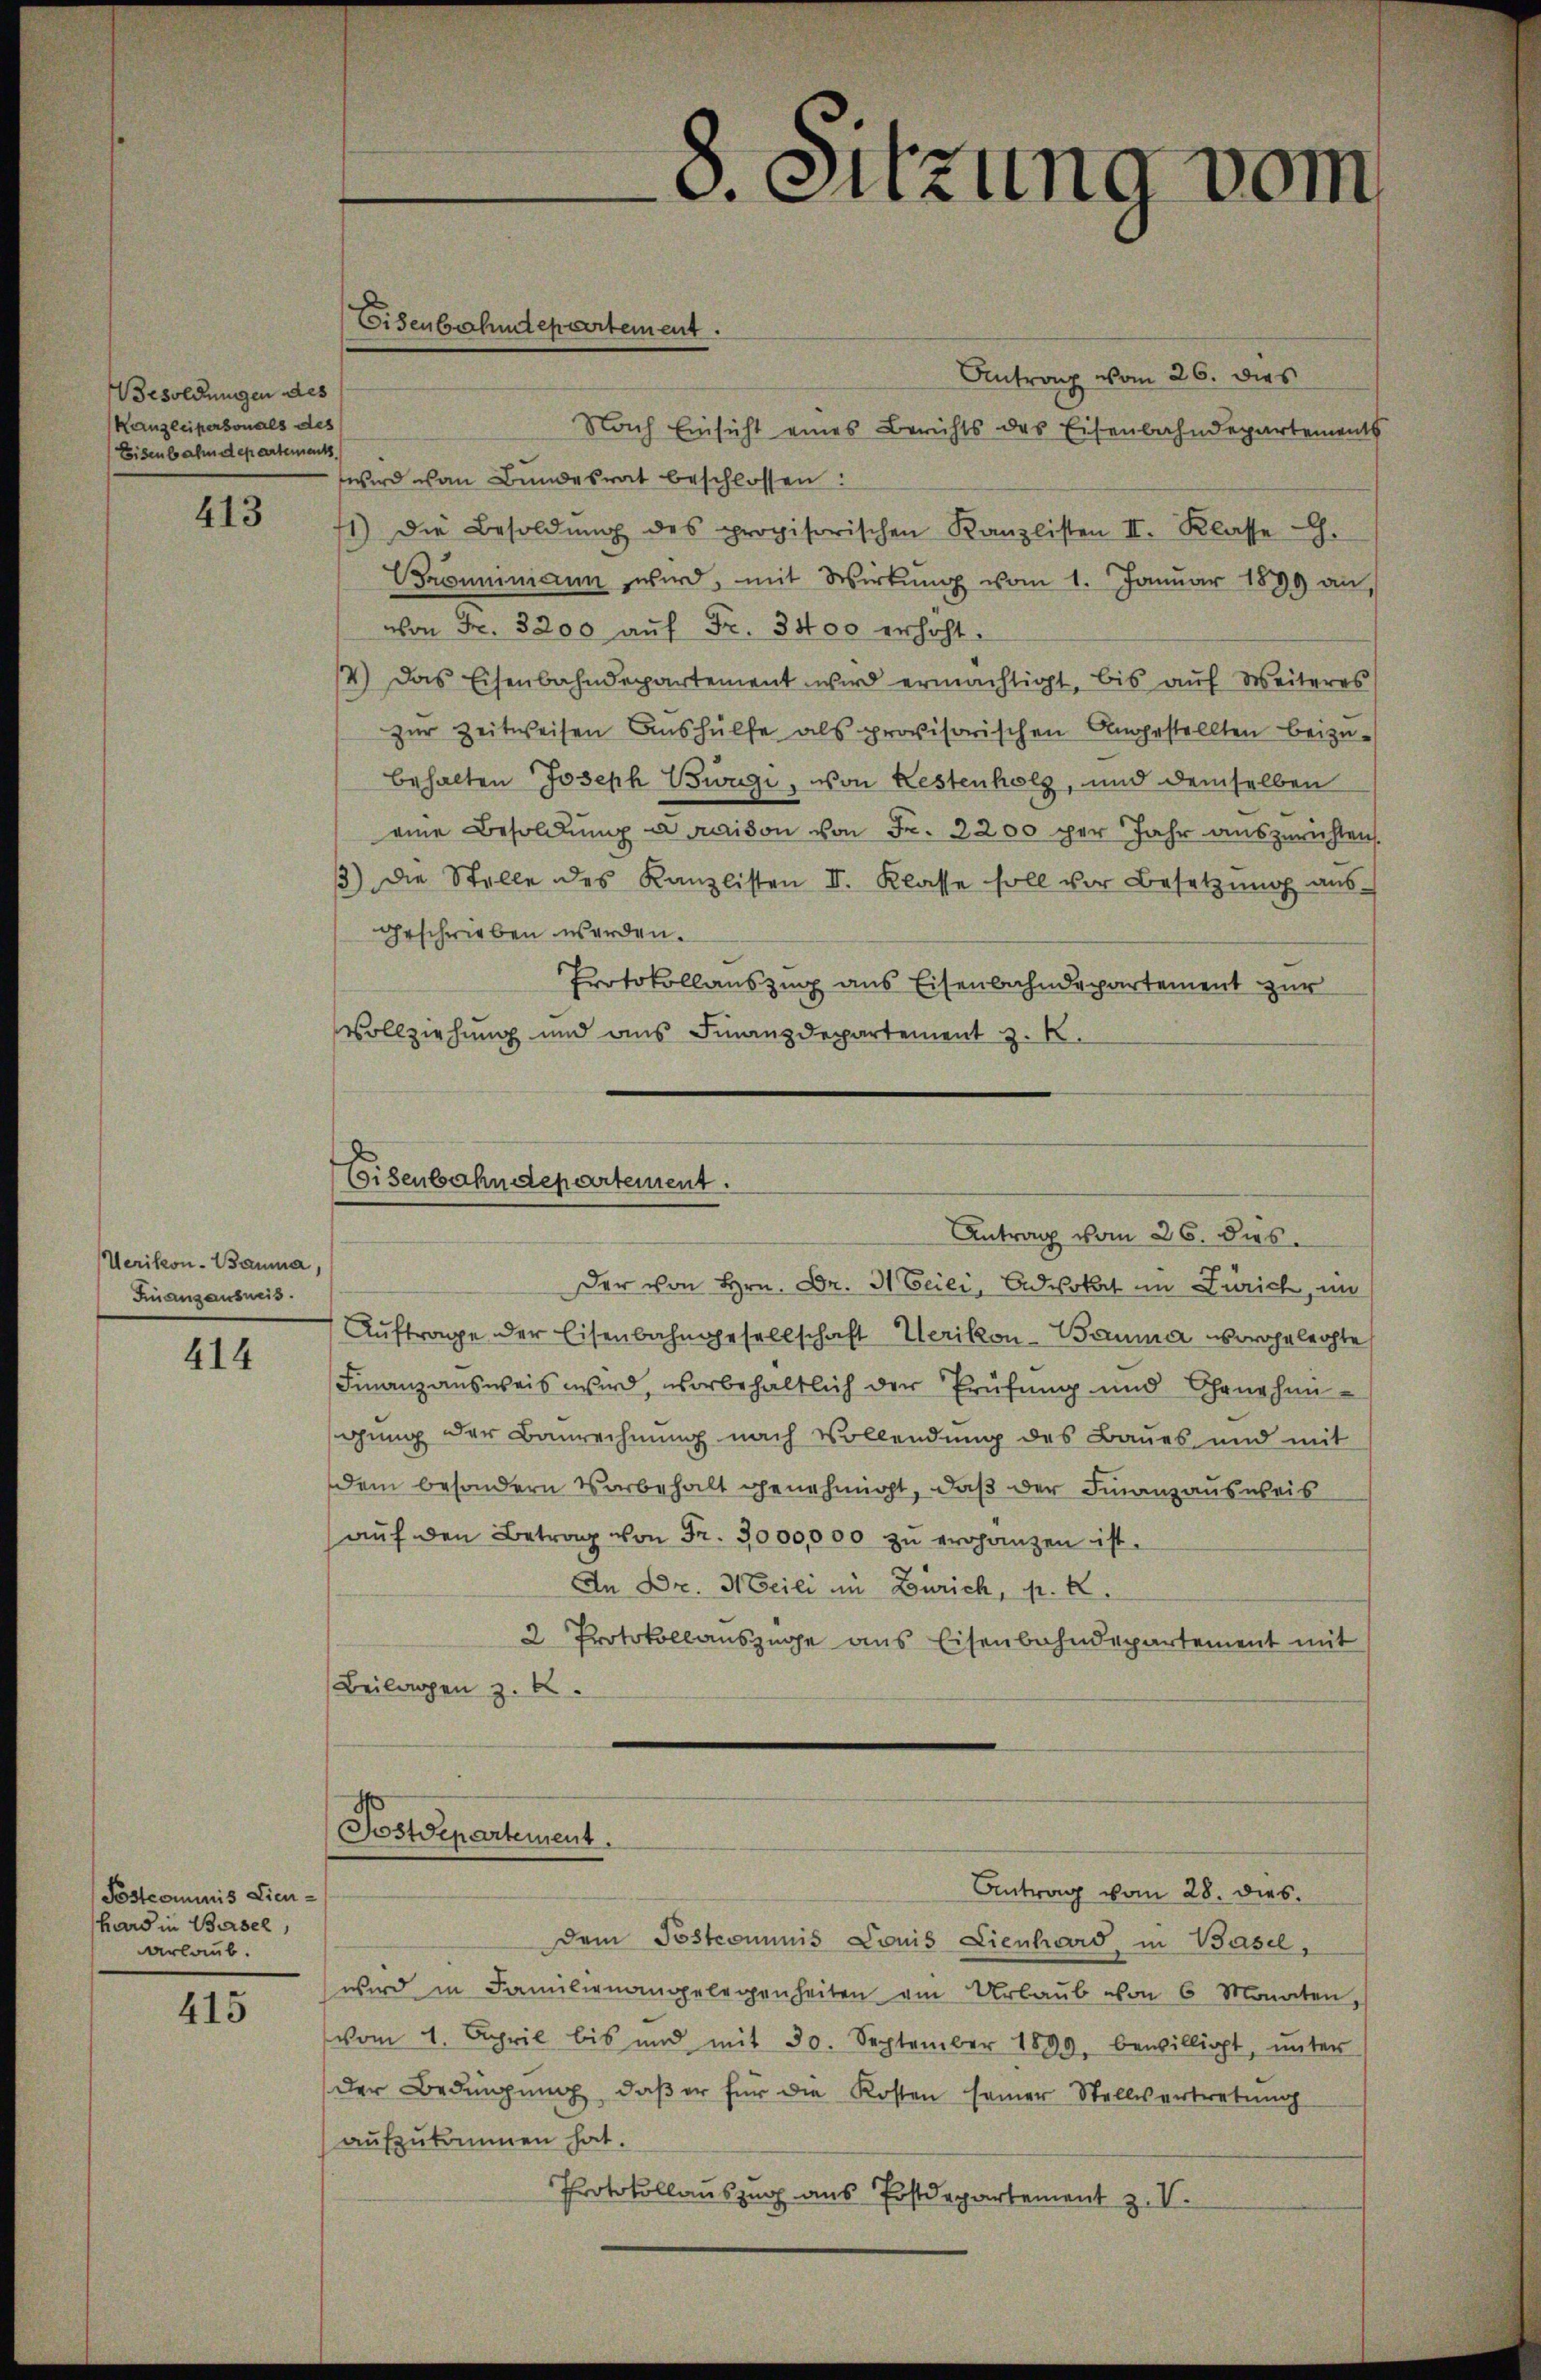
esoldungen des
Kanzleipersonals des
Eisenbahndepartements

413

Uerikon-Bauma,
Finanzausweis.

414

Postcommis Lien
hard in Basel,
arlaub.

415

Antrag vom 26. dies
Nach Einsicht eines Berichts des Eisenbahndepartements
wird von Bundesrat beschlossen:
1) Die Besoldŭng des provisorischen Kanzlisten II. Klasse.
Brominiann wird, mit Wirtŭng vom 1. Januar 1899 an,
von Fr. 3200 aŭf Fr. 3400 erhöht.
4.) Das Eisenbahndepartement wird ermächtigt, bis auf Weiteres
zur Zeitweisen Aushülfe als provisorischen Angestellten beizu-
behalten Joseph Bwügi, von Restenholz, und demselben
eine Besoldŭng a maison von Fr. 3200 per Jahr auszurichten.
3) Die Stelle des Kanzlisten II. Klasse soll vor Besetzŭng aŭs-
geschrieben werden.
Protokollauszug aus Eisenbahndepartement zur
Vollziehung und aus Finanzdepartement z. B.

Eisenbahndepartement.

Der von Hrn. Dr. 31 Beiei, Advokat im Zürich, im
Auftrage der Eisenbahngesellschaft Uerikon - Bauma vorgeleihte
Finanzausweis wird, vorbehaltlich der Prüfung und Genehmigung der Baurechnung nach Vollendung des Baues und mit
dem besondern Vorbehalt genehmigt, daß der Finanzausweis
aŭf den Betrag von Fr. 3000,000 zu ergänzen ist.
An Dr. Heili in Zürich, p. 2.
2 Protokollauszüge aus Eisenbahndepartement mit
Beilagen z. B.

8. Sitzung vom

Eisenbahndepartement.
Antrag vom 26. dies

Postdepartement.
.

dem Postcommis Louis Lienhard in Basel,
wird in Familienangelegenheiten am Urlaŭb von 6 Monaten,
vom 4. April bis und mit 30. September 1890 bewilligt, ŭnter
der Bedingung, daβ er für die Kosten seiner Stellvertretung
aufzukommen hat.
Protokollauszug aus Postdepartement z. V.

Antrag vom 28. dies